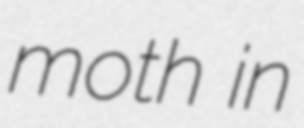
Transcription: moth in